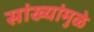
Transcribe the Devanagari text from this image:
सांख्यांमुळे